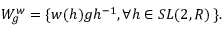
{ \cal W } _ { g } ^ { w } = \{ w ( h ) g h ^ { - 1 } , \forall h \in S L ( 2 , R ) \, \} .